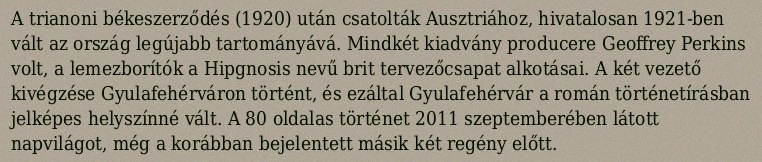
A trianoni békeszerződés (1920) után csatolták Ausztriához, hivatalosan 1921-ben vált az ország legújabb tartományává. Mindkét kiadvány producere Geoffrey Perkins volt, a lemezborítók a Hipgnosis nevű brit tervezőcsapat alkotásai. A két vezető kivégzése Gyulafehérváron történt, és ezáltal Gyulafehérvár a román történetírásban jelképes helyszínné vált. A 80 oldalas történet 2011 szeptemberében látott napvilágot, még a korábban bejelentett másik két regény előtt.